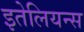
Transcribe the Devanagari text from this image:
इतेलियन्स